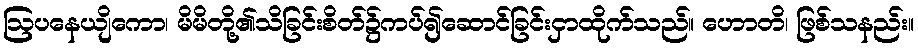
ဩပနေယျိကော၊ မိမိတို့၏သိခြင်းစိတ်၌ကပ်၍ဆောင်ခြင်းငှာထိုက်သည်။ ဟောတိ၊ ဖြစ်သနည်း။